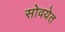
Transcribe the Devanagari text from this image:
सोवयेत